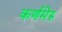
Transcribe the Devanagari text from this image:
कर्णमेरु